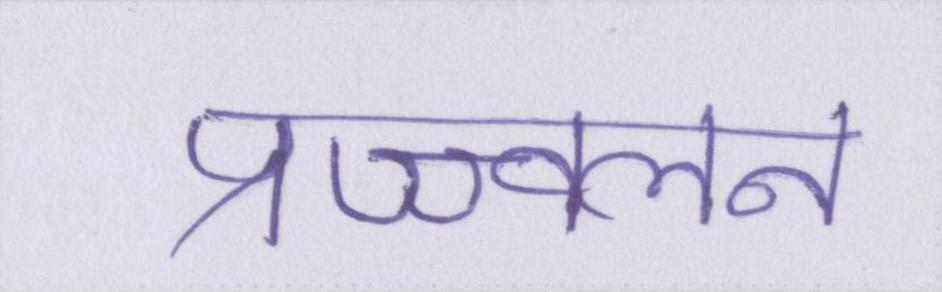
प्रज्ज्वलन